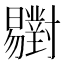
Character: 𣌒